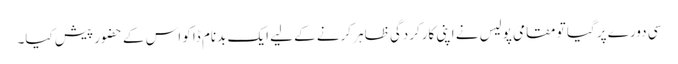
سی دورے پر گیا تو مقامی پولیس نے اپنی کارکردگی ظاہر کرنے کے لیے ایک بدنام ڈاکو اس کے حضور پیش کیا۔